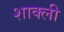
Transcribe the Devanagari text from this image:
शाक्ली